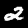
Label: 2